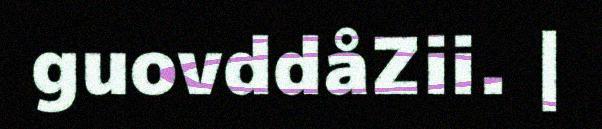
guovddåZii. |